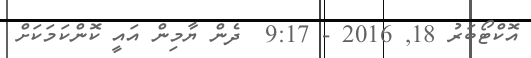
އޮކްޓޯބަރު 18